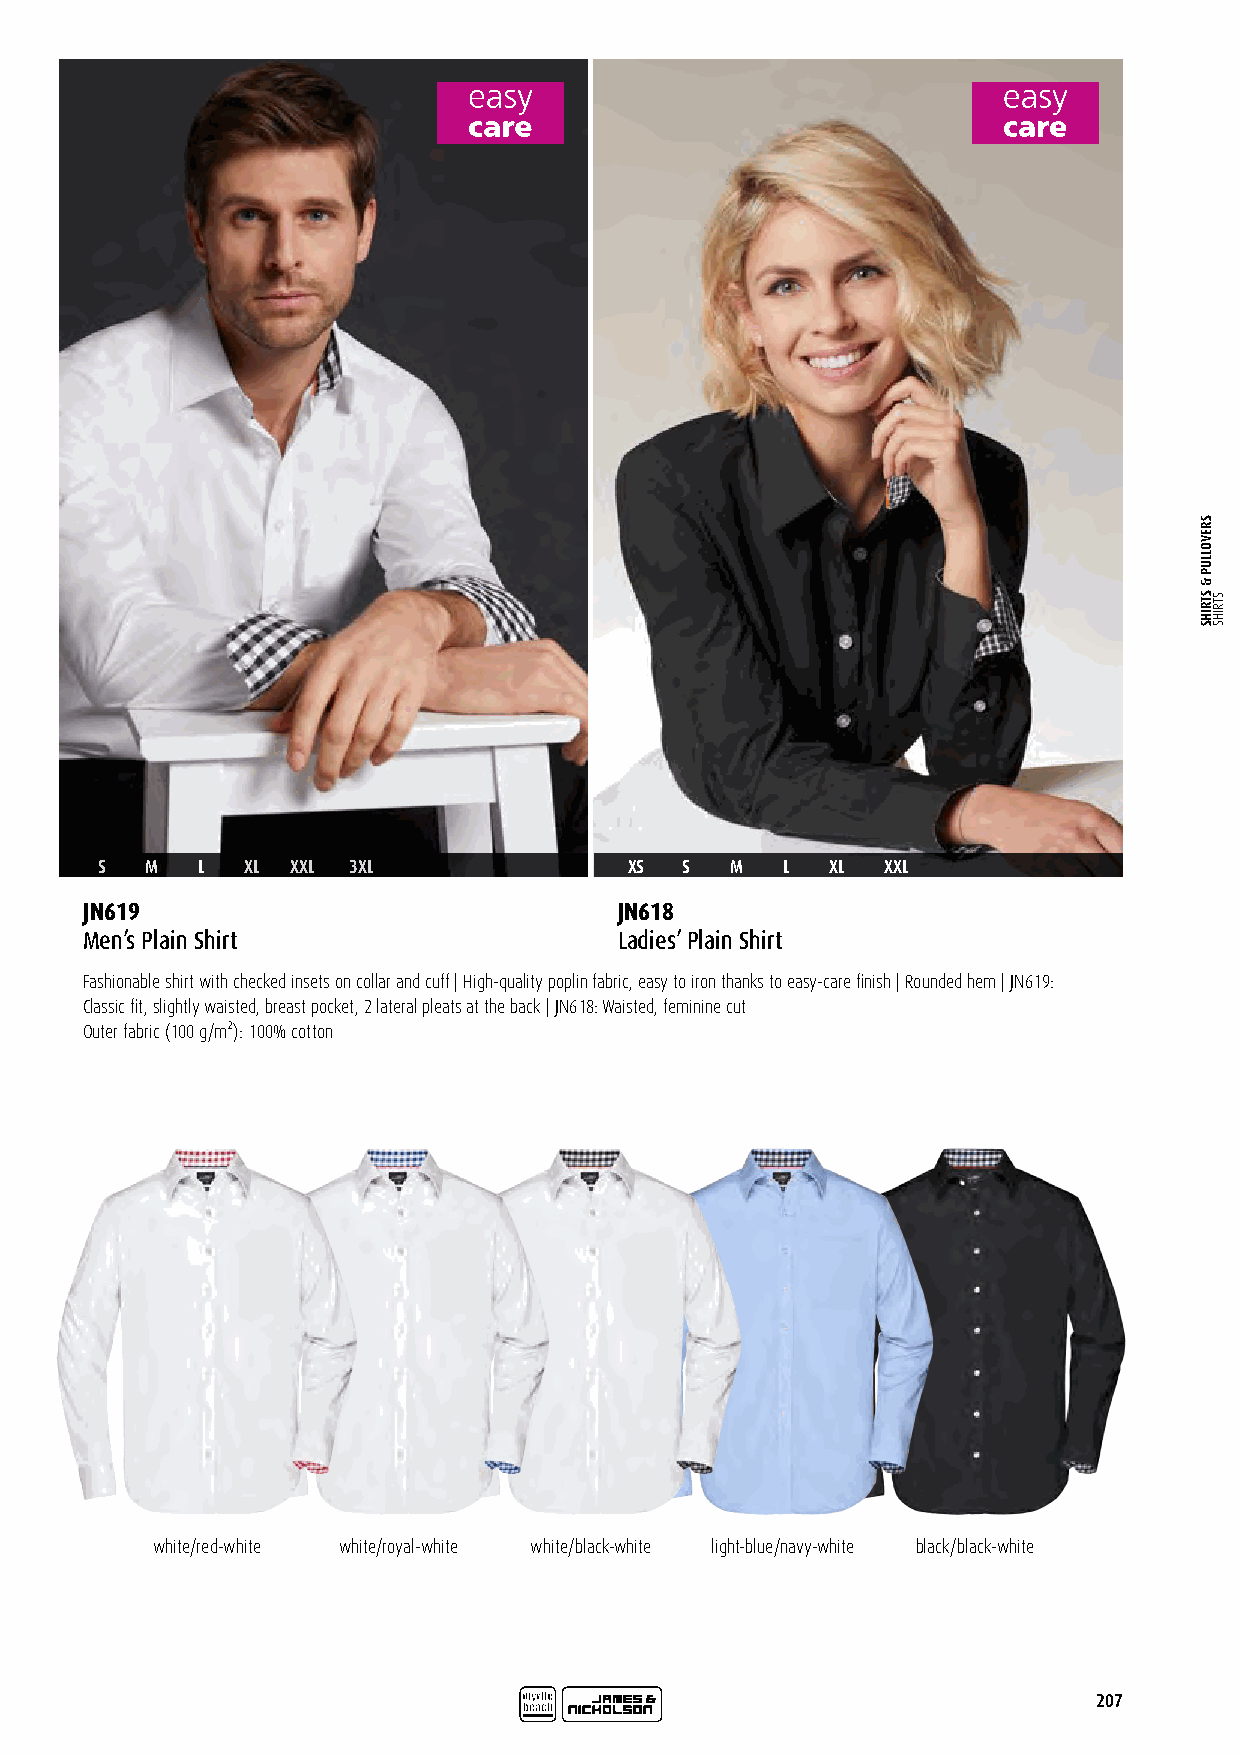
S   M  L  XL XXL 3XL                XS S  M   L  XL  XXL
 JN619                               JN618
 Men’s Plain Shirt                   Ladies’ Plain Shirt
 Fashionable shirt with checked insets on collar and cuff | High-quality poplin fabric, easy to iron thanks to easy-care finish | Rounded hem | JN619:
 Classic fit, slightly waisted, breast pocket, 2 lateral pleats at the back | JN618: Waisted, feminine cut
 Outer fabric (100 g/m²): 100% cotton
 white/red-white white/royal-white white/black-white light-blue/navy-white black/black-white
 207
 SREVOLLUP
 &
 STRIHS STRIHS